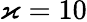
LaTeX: \varkappa=10